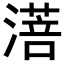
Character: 𬈸